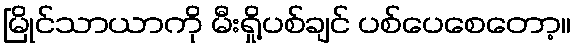
မြိုင်သာယာကို မီးရှို့ပစ်ချင် ပစ်ပေစေတော့။